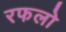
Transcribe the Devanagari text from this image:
रफलो